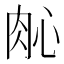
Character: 𬚲